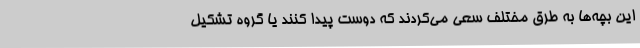
این بچه‌ها به طرق مختلف سعی می‌کردند که دوست پیدا کنند یا گروه تشکیل